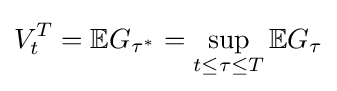
V_{t}^{T}=\mathbb {E} G_{\tau ^{*}}=\sup _{t\leq \tau \leq T}\mathbb {E} G_{\tau }